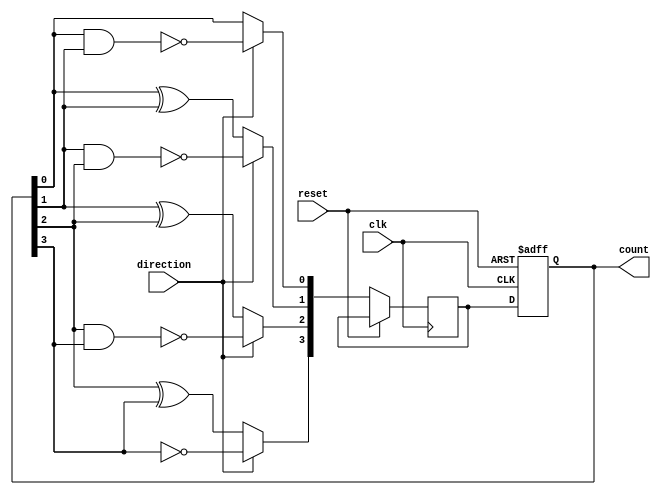
module gray_counter (
    input wire clk,
    input wire reset,
    input wire direction, // 0 for decrement, 1 for increment
    output reg [3:0] count
);

reg [3:0] next_count;

always @ (posedge clk or posedge reset) begin
    if (reset) begin
        count <= 4'b0000;
    end else begin
        if (direction == 1'b1) begin // increment
            next_count[0] <= ~(count[0] & count[1]);
            next_count[1] <= ~(count[1] & count[2]);
            next_count[2] <= ~(count[2] & count[3]);
            next_count[3] <= ~count[3];
        end else begin // decrement
            next_count[0] <= count[0];
            next_count[1] <= count[0] ^ count[1];
            next_count[2] <= count[1] ^ count[2];
            next_count[3] <= count[2] ^ count[3];
        end
        count <= next_count;
    end
end

endmodule